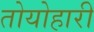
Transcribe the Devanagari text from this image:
तोयोहारी